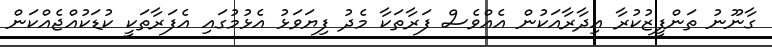
ގާނޫނު ތަންފީޒުކުރާ އިދާރާއަކުން އެއްވެސް ފަރާތަކާ މެދު ފިޔަވަޅު އެޅުމުގައި އެފަރާތަކީ ކުޑަކުއްޖެއްކަން